Civil Veterinary Department Bihar & Orissa reports 1929-36 - 1929-1936
Year: 1929
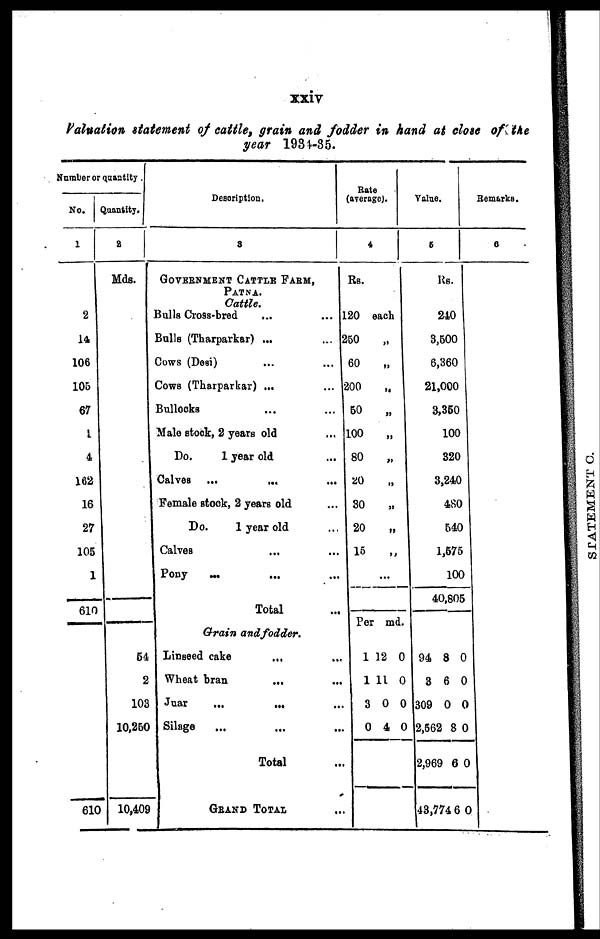
xxiv
Valuation statement of cattle, grain and fodder in hand at close of the
year 1934-35.
Number or quantity.
No.
1
2
14
106
105
67
i
4
162
16
27
105
1
610
610
Quantity.
2
Mds.
54
2
103
10,260
10,409
Description.
3
GOVERMENT CATTLE FARM,
PATNA.
Cattle.
Bulls Cross-bred
...
...
Bulls (Tharparkar) ...
...
Cows (Desi) ... ...
Cows (Tharparkar) ...
...
Bullocks ... ...
Male stock, 2 years old ...
Do.
1 year old
Calves ...
... ...
Female stock, 2 years old ...
Do.
1 year old ...
Calves ... ...
Pony
... ... ...
Total ...
Grain and fodder.
Linseed cake ... ...
Wheat bran
...
...
Juar
...
...
...
Silage
... ... ...
Total ...
GRAND TOTAL ...
Rate
(average).
4
Rs.
20 each
250 „
60
„
200 „
50
„
100
„
80
„
20 „
30 „
20
„
15
„
...
Per md.
1 12 0
1 11 0
3 0 0
0 4 0
Value.
6
Rs.
240
3,500
6,360
21,000
3,350
100
320
3,240
480
540
1,575
100
40,805
94 8 0
3 6 0
309 0 0
2,562 8 0
2,969 6 0
43,774 6 0
Remarks.
6